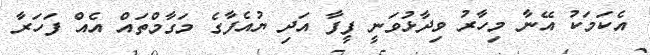
އެކަމަކު އޭނާ މިހާރު ވިދާޅުވަނީ ފީފާ އަދި ޔުއެފާގެ މަގާމްތައް އެއް ފަހަރާ